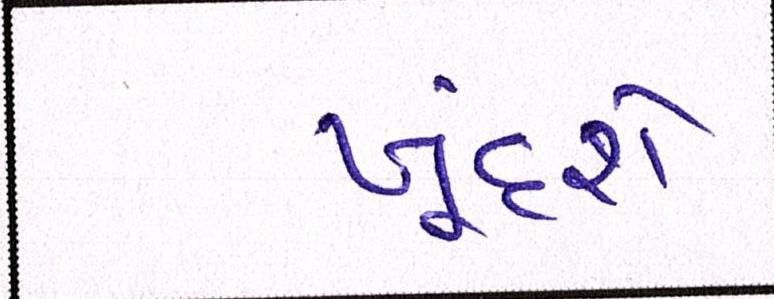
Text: ખૂંદશે